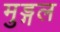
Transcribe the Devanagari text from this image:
मुड्गल